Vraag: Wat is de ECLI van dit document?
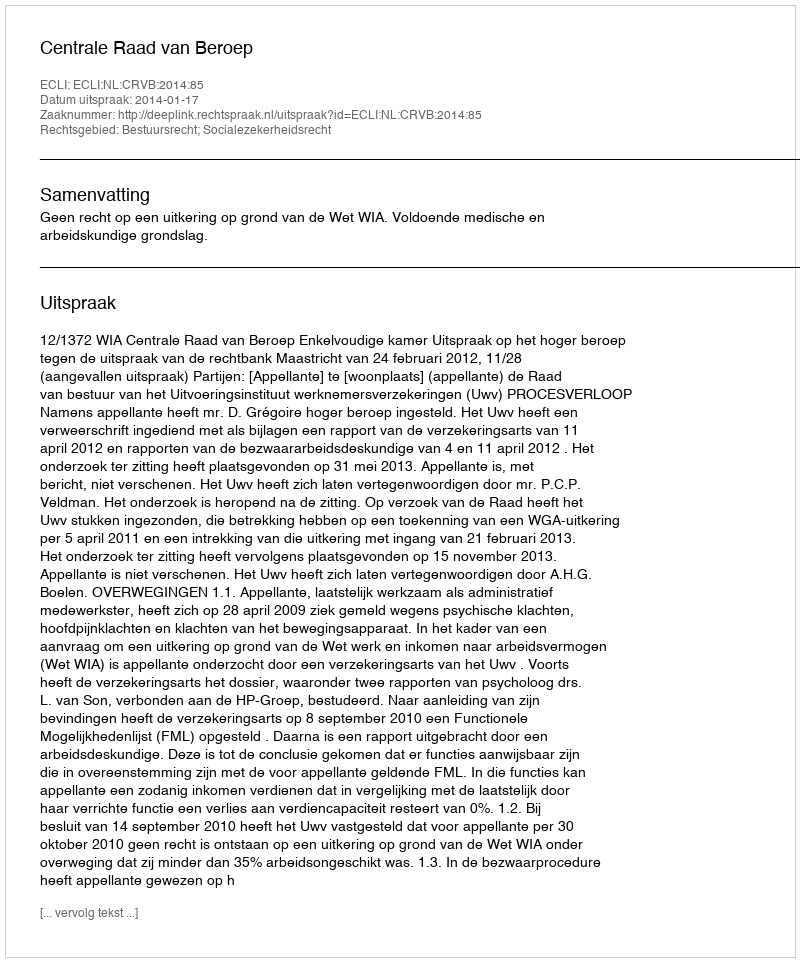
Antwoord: ECLI:NL:CRVB:2014:85